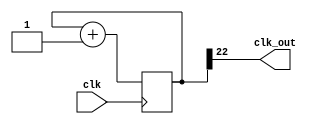
module clk_div(
    input clk,

    output clk_out
);

reg [22:0]cnt = 0;

assign clk_out = cnt[22];

always @(posedge clk) begin
    cnt <= cnt + 23'b1;
end

endmodule